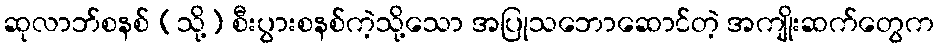
ဆုလာဘ်စနစ် (သို့) စီးပွားစနစ်ကဲ့သို့သော အပြုသဘောဆောင်တဲ့ အကျိုးဆက်တွေက